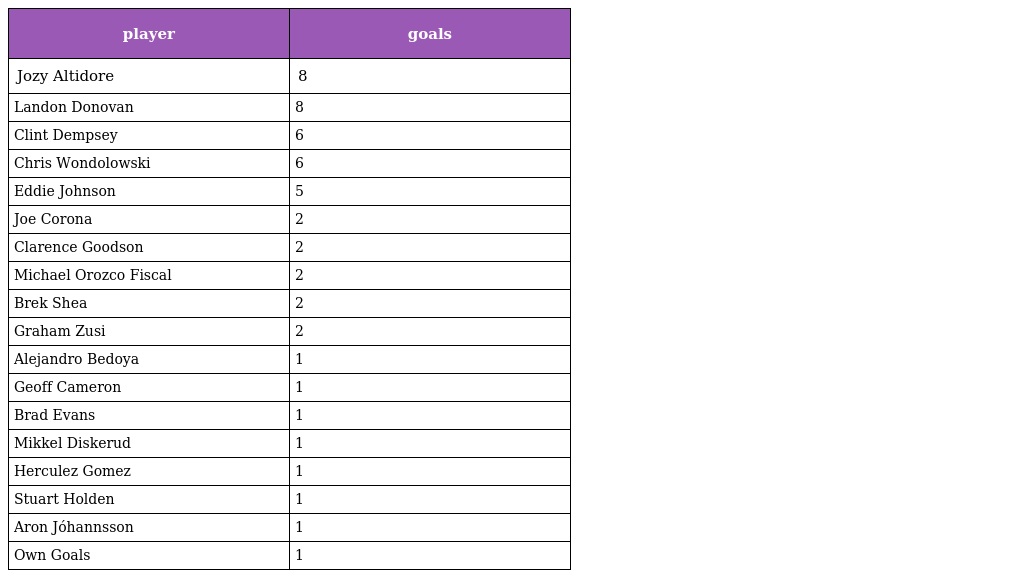
| player | goals |
 | --- | --- |
 | Jozy Altidore | 8 |
 | Landon Donovan | 8 |
 | Clint Dempsey | 6 |
 | Chris Wondolowski | 6 |
 | Eddie Johnson | 5 |
 | Joe Corona | 2 |
 | Clarence Goodson | 2 |
 | Michael Orozco Fiscal | 2 |
 | Brek Shea | 2 |
 | Graham Zusi | 2 |
 | Alejandro Bedoya | 1 |
 | Geoff Cameron | 1 |
 | Brad Evans | 1 |
 | Mikkel Diskerud | 1 |
 | Herculez Gomez | 1 |
 | Stuart Holden | 1 |
 | Aron Jóhannsson | 1 |
 | Own Goals | 1 |